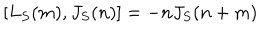
LaTeX: [ L _ { S } ( m ) , J _ { S } ( n ) ] = - n J _ { S } ( n + m )